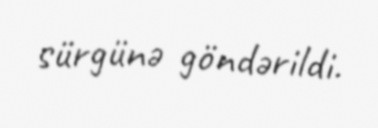
sürgünə göndərildi.